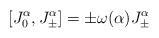
\begin{align*}[J_0^{\alpha}, J_\pm^{\alpha}] = \pm\omega(\alpha) J_\pm^\alpha\end{align*}